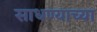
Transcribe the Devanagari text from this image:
साधण्याच्या